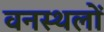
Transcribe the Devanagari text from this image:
वनस्थलों